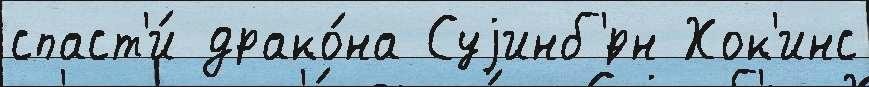
спаст'и́ драко́на Суjинб'́рн Хок'инс